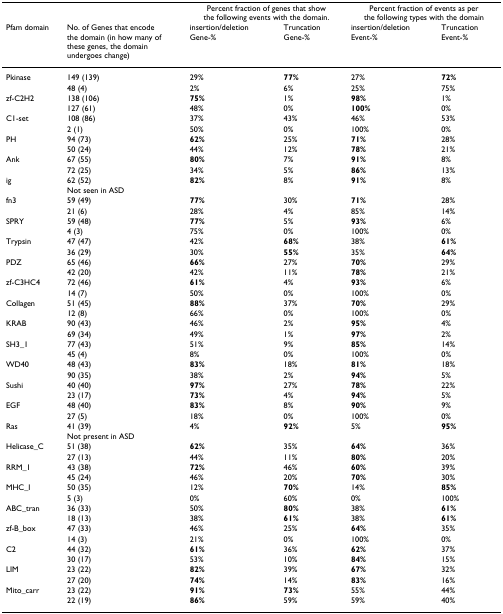
<table><thead><tr><td></td><td></td><td colspan="2"><b>Percent fraction of genes that show the following events with the domain.</b></td><td colspan="2"><b>Percent fraction of events as per the following types with the domain</b></td></tr><tr><td><b>Pfam domain</b></td><td><b>No. of Genes that encodethe domain (in how many ofthese genes, the domain undergoes change)</b></td><td><b>insertion/deletion Gene-%</b></td><td><b>Truncation Gene-%</b></td><td><b>insertion/deletion Event-%</b></td><td><b>Truncation Event-%</b></td></tr></thead><tbody><tr><td>Pkinase</td><td>149 (139)</td><td>29%</td><td><b>77%</b></td><td>27%</td><td><b>72%</b></td></tr><tr><td></td><td>48 (4)</td><td>2%</td><td>6%</td><td>25%</td><td>75%</td></tr><tr><td>zf-C2H2</td><td>138 (106)</td><td><b>75%</b></td><td>1%</td><td><b>98%</b></td><td>1%</td></tr><tr><td></td><td>127 (61)</td><td>48%</td><td>0%</td><td><b>100%</b></td><td>0%</td></tr><tr><td>C1-set</td><td>108 (86)</td><td>37%</td><td>43%</td><td>46%</td><td>53%</td></tr><tr><td></td><td>2 (1)</td><td>50%</td><td>0%</td><td>100%</td><td>0%</td></tr><tr><td>PH</td><td>94 (73)</td><td><b>62%</b></td><td>25%</td><td><b>71%</b></td><td>28%</td></tr><tr><td></td><td>50 (24)</td><td>44%</td><td>12%</td><td><b>78%</b></td><td>21%</td></tr><tr><td>Ank</td><td>67 (55)</td><td><b>80%</b></td><td>7%</td><td><b>91%</b></td><td>8%</td></tr><tr><td></td><td>72 (25)</td><td>34%</td><td>5%</td><td><b>86%</b></td><td>13%</td></tr><tr><td>ig</td><td>62 (52)</td><td><b>82%</b></td><td>8%</td><td><b>91%</b></td><td>8%</td></tr><tr><td></td><td>Not seen in ASD</td><td></td><td></td><td></td><td></td></tr><tr><td>fn3</td><td>59 (49)</td><td><b>77%</b></td><td>30%</td><td><b>71%</b></td><td>28%</td></tr><tr><td></td><td>21 (6)</td><td>28%</td><td>4%</td><td>85%</td><td>14%</td></tr><tr><td>SPRY</td><td>59 (48)</td><td><b>77%</b></td><td>5%</td><td><b>93%</b></td><td>6%</td></tr><tr><td></td><td>4 (3)</td><td>75%</td><td>0%</td><td>100%</td><td>0%</td></tr><tr><td>Trypsin</td><td>47 (47)</td><td>42%</td><td><b>68%</b></td><td>38%</td><td><b>61%</b></td></tr><tr><td></td><td>36 (29)</td><td>30%</td><td><b>55%</b></td><td>35%</td><td><b>64%</b></td></tr><tr><td>PDZ</td><td>65 (46)</td><td><b>66%</b></td><td>27%</td><td><b>70%</b></td><td>29%</td></tr><tr><td></td><td>42 (20)</td><td>42%</td><td>11%</td><td><b>78%</b></td><td>21%</td></tr><tr><td>zf-C3HC4</td><td>72 (46)</td><td><b>61%</b></td><td>4%</td><td><b>93%</b></td><td>6%</td></tr><tr><td></td><td>14 (7)</td><td>50%</td><td>0%</td><td>100%</td><td>0%</td></tr><tr><td>Collagen</td><td>51 (45)</td><td><b>88%</b></td><td>37%</td><td><b>70%</b></td><td>29%</td></tr><tr><td></td><td>12 (8)</td><td>66%</td><td>0%</td><td>100%</td><td>0%</td></tr><tr><td>KRAB</td><td>90 (43)</td><td>46%</td><td>2%</td><td><b>95%</b></td><td>4%</td></tr><tr><td></td><td>69 (34)</td><td>49%</td><td>1%</td><td><b>97%</b></td><td>2%</td></tr><tr><td>SH3_1</td><td>77 (43)</td><td>51%</td><td>9%</td><td><b>85%</b></td><td>14%</td></tr><tr><td></td><td>45 (4)</td><td>8%</td><td>0%</td><td>100%</td><td>0%</td></tr><tr><td>WD40</td><td>48 (43)</td><td><b>83%</b></td><td>18%</td><td><b>81%</b></td><td>18%</td></tr><tr><td></td><td>90 (35)</td><td>38%</td><td>2%</td><td><b>94%</b></td><td>5%</td></tr><tr><td>Sushi</td><td>40 (40)</td><td><b>97%</b></td><td>27%</td><td><b>78%</b></td><td>22%</td></tr><tr><td></td><td>23 (17)</td><td><b>73%</b></td><td>4%</td><td><b>94%</b></td><td>5%</td></tr><tr><td>EGF</td><td>48 (40)</td><td><b>83%</b></td><td>8%</td><td><b>90%</b></td><td>9%</td></tr><tr><td></td><td>27 (5)</td><td>18%</td><td>0%</td><td>100%</td><td>0%</td></tr><tr><td>Ras</td><td>41 (39)</td><td>4%</td><td><b>92%</b></td><td>5%</td><td><b>95%</b></td></tr><tr><td></td><td>Not present in ASD</td><td></td><td></td><td></td><td></td></tr><tr><td>Helicase_C</td><td>51 (38)</td><td><b>62%</b></td><td>35%</td><td><b>64%</b></td><td>36%</td></tr><tr><td></td><td>27 (13)</td><td>44%</td><td>11%</td><td><b>80%</b></td><td>20%</td></tr><tr><td>RRM_1</td><td>43 (38)</td><td><b>72%</b></td><td>46%</td><td><b>60%</b></td><td>39%</td></tr><tr><td></td><td>45 (24)</td><td>46%</td><td>20%</td><td><b>70%</b></td><td>30%</td></tr><tr><td>MHC_I</td><td>50 (35)</td><td>12%</td><td><b>70%</b></td><td>14%</td><td><b>85%</b></td></tr><tr><td></td><td>5 (3)</td><td>0%</td><td>60%</td><td>0%</td><td>100%</td></tr><tr><td>ABC_tran</td><td>36 (33)</td><td>50%</td><td><b>80%</b></td><td>38%</td><td><b>61%</b></td></tr><tr><td></td><td>18 (13)</td><td>38%</td><td><b>61%</b></td><td>38%</td><td><b>61%</b></td></tr><tr><td>zf-B_box</td><td>47 (33)</td><td>46%</td><td>25%</td><td><b>64%</b></td><td>35%</td></tr><tr><td></td><td>14 (3)</td><td>21%</td><td>0%</td><td>100%</td><td>0%</td></tr><tr><td>C2</td><td>44 (32)</td><td><b>61%</b></td><td>36%</td><td><b>62%</b></td><td>37%</td></tr><tr><td></td><td>30 (17)</td><td>53%</td><td>10%</td><td><b>84%</b></td><td>15%</td></tr><tr><td>LIM</td><td>23 (22)</td><td><b>82%</b></td><td>39%</td><td><b>67%</b></td><td>32%</td></tr><tr><td></td><td>27 (20)</td><td><b>74%</b></td><td>14%</td><td><b>83%</b></td><td>16%</td></tr><tr><td>Mito_carr</td><td>23 (22)</td><td><b>91%</b></td><td><b>73%</b></td><td>55%</td><td>44%</td></tr><tr><td></td><td>22 (19)</td><td><b>86%</b></td><td>59%</td><td>59%</td><td>40%</td></tr></tbody></table>